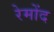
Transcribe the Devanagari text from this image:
रेमोंद